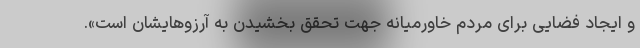
و ایجاد فضایی برای مردم خاورمیانه جهت تحقق بخشیدن به آرزوهایشان است».